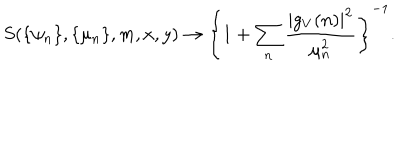
S ( \{ \psi _ { n } \} , \{ \mu _ { n } \} , m , x , y ) \rightarrow \left\{ 1 + \sum _ { n } \frac { | g _ { V } ( n ) | ^ { 2 } } { \mu _ { n } ^ { 2 } } \right\} ^ { - 1 } .